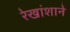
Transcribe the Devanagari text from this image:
रेखांशाने